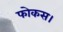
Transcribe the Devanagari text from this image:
फोकस।